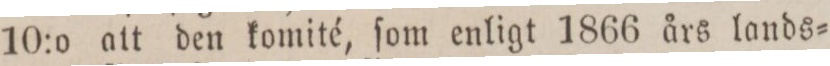
10:o att den komité, ſom enligt 1866 års lands=